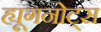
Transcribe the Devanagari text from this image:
ह्यूगनोट्स